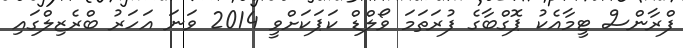
ފްރާންސް ޓީމާއެކު ޕޮގްބާގެ ފުރަތަމަ ވޯލްޑް ކަޕަކަށްވީ 2014 ވަނަ އަހަރު ބްރެޒިލްގައި